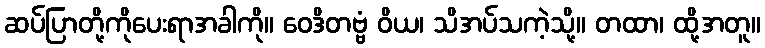
ဆပ်ပြာတို့ကိုပေးရာအခါကို။ ဝေဒိတဗ္ဗံ ဝိယ၊ သိအပ်သကဲ့သို့။ တထာ၊ ထို့အတူ။